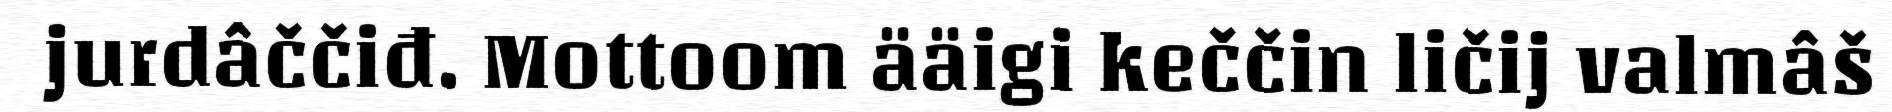
jurdâččiđ. Mottoom ääigi keččin ličij valmâš